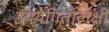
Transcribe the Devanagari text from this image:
उपयेगितालक्षी